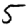
Digit: 5